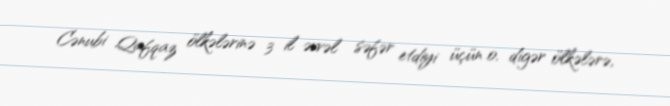
Cənubi Qafqaz ölkələrinə 3 il əvvəl səfər etdiyi üçün o, digər ölkələrə,